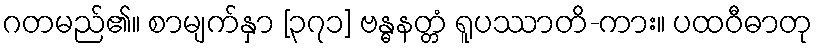
ဂတမည်၏။ စာမျက်နှာ [၃၇၁] ဗန္ဓနတ္တံ ရူပဿာတိ-ကား။ ပထဝီဓာတု